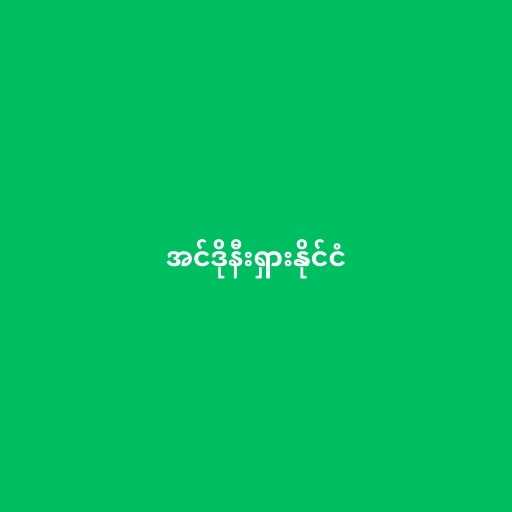
အင်ဒိုနီးရှားနိုင်ငံ